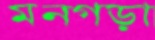
মনগড়া